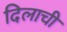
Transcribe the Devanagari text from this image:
दिलाची